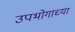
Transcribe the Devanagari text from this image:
उपभोगाच्या